Indian Civil Veterinary Department memoirs
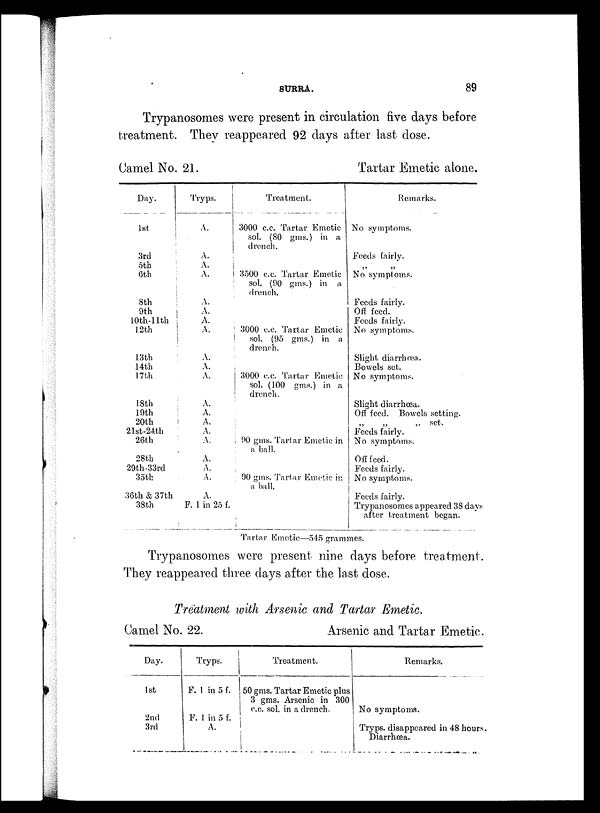
SURRA.
89
Trypanosomes were present in circulation five days before
treatment. They reappeared 92 days after last dose.
Camel No. 21.
Day.
1st
3rd
5th
6th
8th
9th
10th-11th
12th
13th
14th
17th
18th
19th
20th
21st-24th
26th
28th
29th-33rd
35th
36th & 37th
38th
Tryps.
A.
A.
A.
A.
A.
A.
A.
A.
A.
A.
A.
A.
A.
A.
A.
A.
A.
A.
A.
A.
F. 1 in 25 f.
Treatment.
3000 c.c. Tartar Emetic
sol. (80 gms.) in a
drench.
3500 c.c. Tartar Emetic
sol. (90 gms.) in a
drench.
3000 c.c. Tartar Emetic
sol. (95 gms.) in a
drench.
3000 c.c. Tartar Emetic
sol. (100 gms.) in a
drench.
90 gms. Tartar Emetic in
a ball.
90 gms. Tartar Emetic in
a ball.
Tartar Emetic alone.
Remarks.
No symptoms.
Feeds fairly.
„ „
No symptoms.
Feeds fairly.
Off feed.
Feeds fairly.
No symptoms.
Slight diarrhœa.
Bowels set.
No symptoms.
Slight diarrhœa.
Off feed. Bowels setting.
„
„
„
set.
Feeds fairly.
No symptoms.
Off feed.
Feeds fairly.
No symptoms.
Feeds fairly.
Trypanosomes appeared 38 days
after treatment began.
Tartar Emetic—545 grammes.
Trypanosomes were present nine days before treatment.
They reappeared three days after the last dose.
Treatment with Arsenic and Tartar Emetic.
Camel No. 22.
Arsenic and Tartar Emetic.
Day.
1st
2nd
3rd
Tryps.
F. 1 in 5 f.
F. 1 in 5 f.
A.
Treatment.
50 gms. Tartar Emetic plus
3 gms. Arsenic in 300
c.c. sol. in a drench.
Remarks.
No symptoms.
Tryps. disappeared in 48 hours.
Diarrhœa.